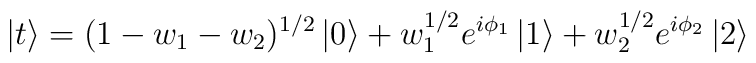
\left| t \right> = (1 - w_{1} -w_{2})^{1/2} \left| 0 \right> + w_{1}^{1/2}e^{i \phi_{1} } \left| 1 \right> + w_{2}^{1/2} e^{i \phi_{2} }\left| 2 \right>